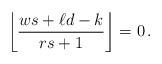
LaTeX: \begin{align*}\left\lfloor \frac{ws+\ell d -k}{rs+1}\right\rfloor = 0 \, .\end{align*}